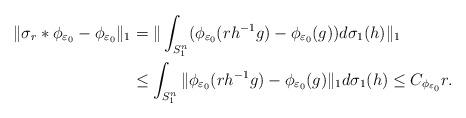
LaTeX: \begin{align*}\|\sigma_r\ast\phi_{\varepsilon_0}-\phi_{\varepsilon_0}\|_1&=\|\int_{S^n_1}(\phi_{\varepsilon_0}(rh^{-1}g)-\phi_{\varepsilon_0}(g))d\sigma_1(h)\|_1\\&\leq \int_{S^n_1}\|\phi_{\varepsilon_0}(rh^{-1}g)-\phi_{\varepsilon_0}(g)\|_1d\sigma_1(h)\leq C_{\phi_{\varepsilon_0}}r.\end{align*}